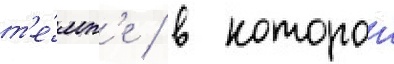
т'е́мп'е / в которои